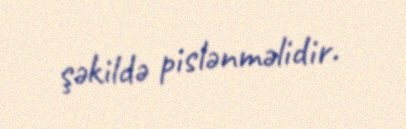
şəkildə pislənməlidir.